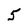
Character: 5